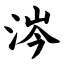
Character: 涔